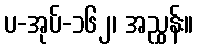
ပ-အုပ်-၁၆၂၊ အညွှန်း။